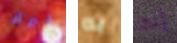
قبرك به إنه